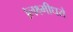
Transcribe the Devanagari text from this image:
।लक्ष्मीधरो